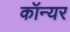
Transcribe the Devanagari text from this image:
कॉन्यर